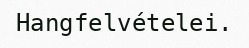
Hangfelvételei.